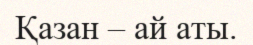
Қазан – ай аты.